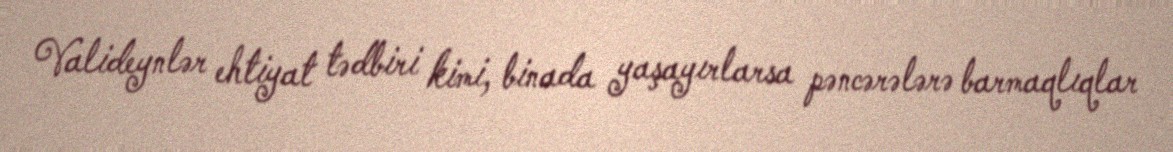
Valideynlər ehtiyat tədbiri kimi, binada yaşayırlarsa pəncərələrə barmaqlıqlar